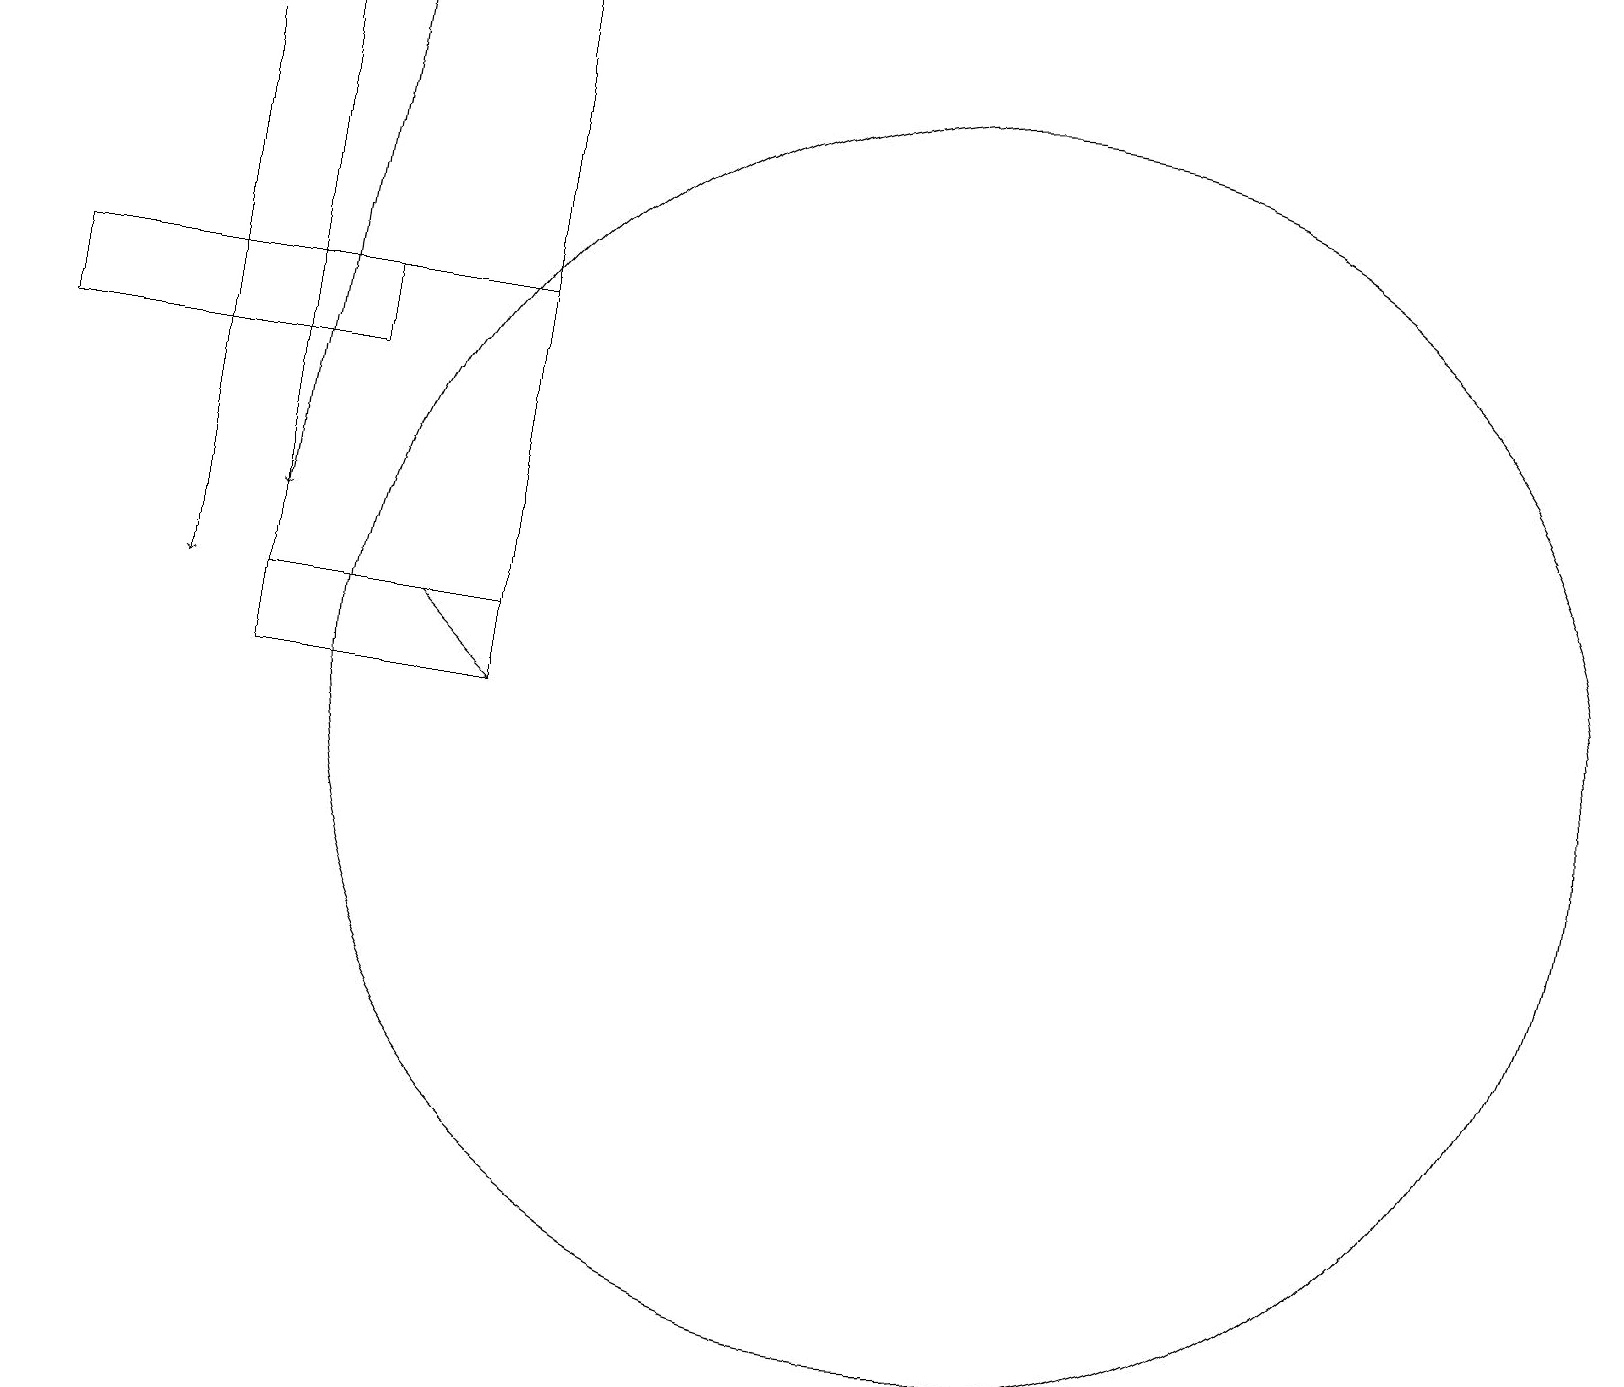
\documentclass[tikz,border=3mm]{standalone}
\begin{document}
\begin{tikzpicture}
\draw (12,10) circle (8);
\draw[->] (2,18) -- (2,11);
\draw (6,10) rectangle (3,19);
\draw (4,15) rectangle (0,14);
\draw[->] (5,11) -- (6,10);
\draw[->] (4,19) -- (3,12);
\draw (6,11) rectangle (3,15);
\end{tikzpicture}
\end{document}